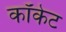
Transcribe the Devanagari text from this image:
कॉकेट